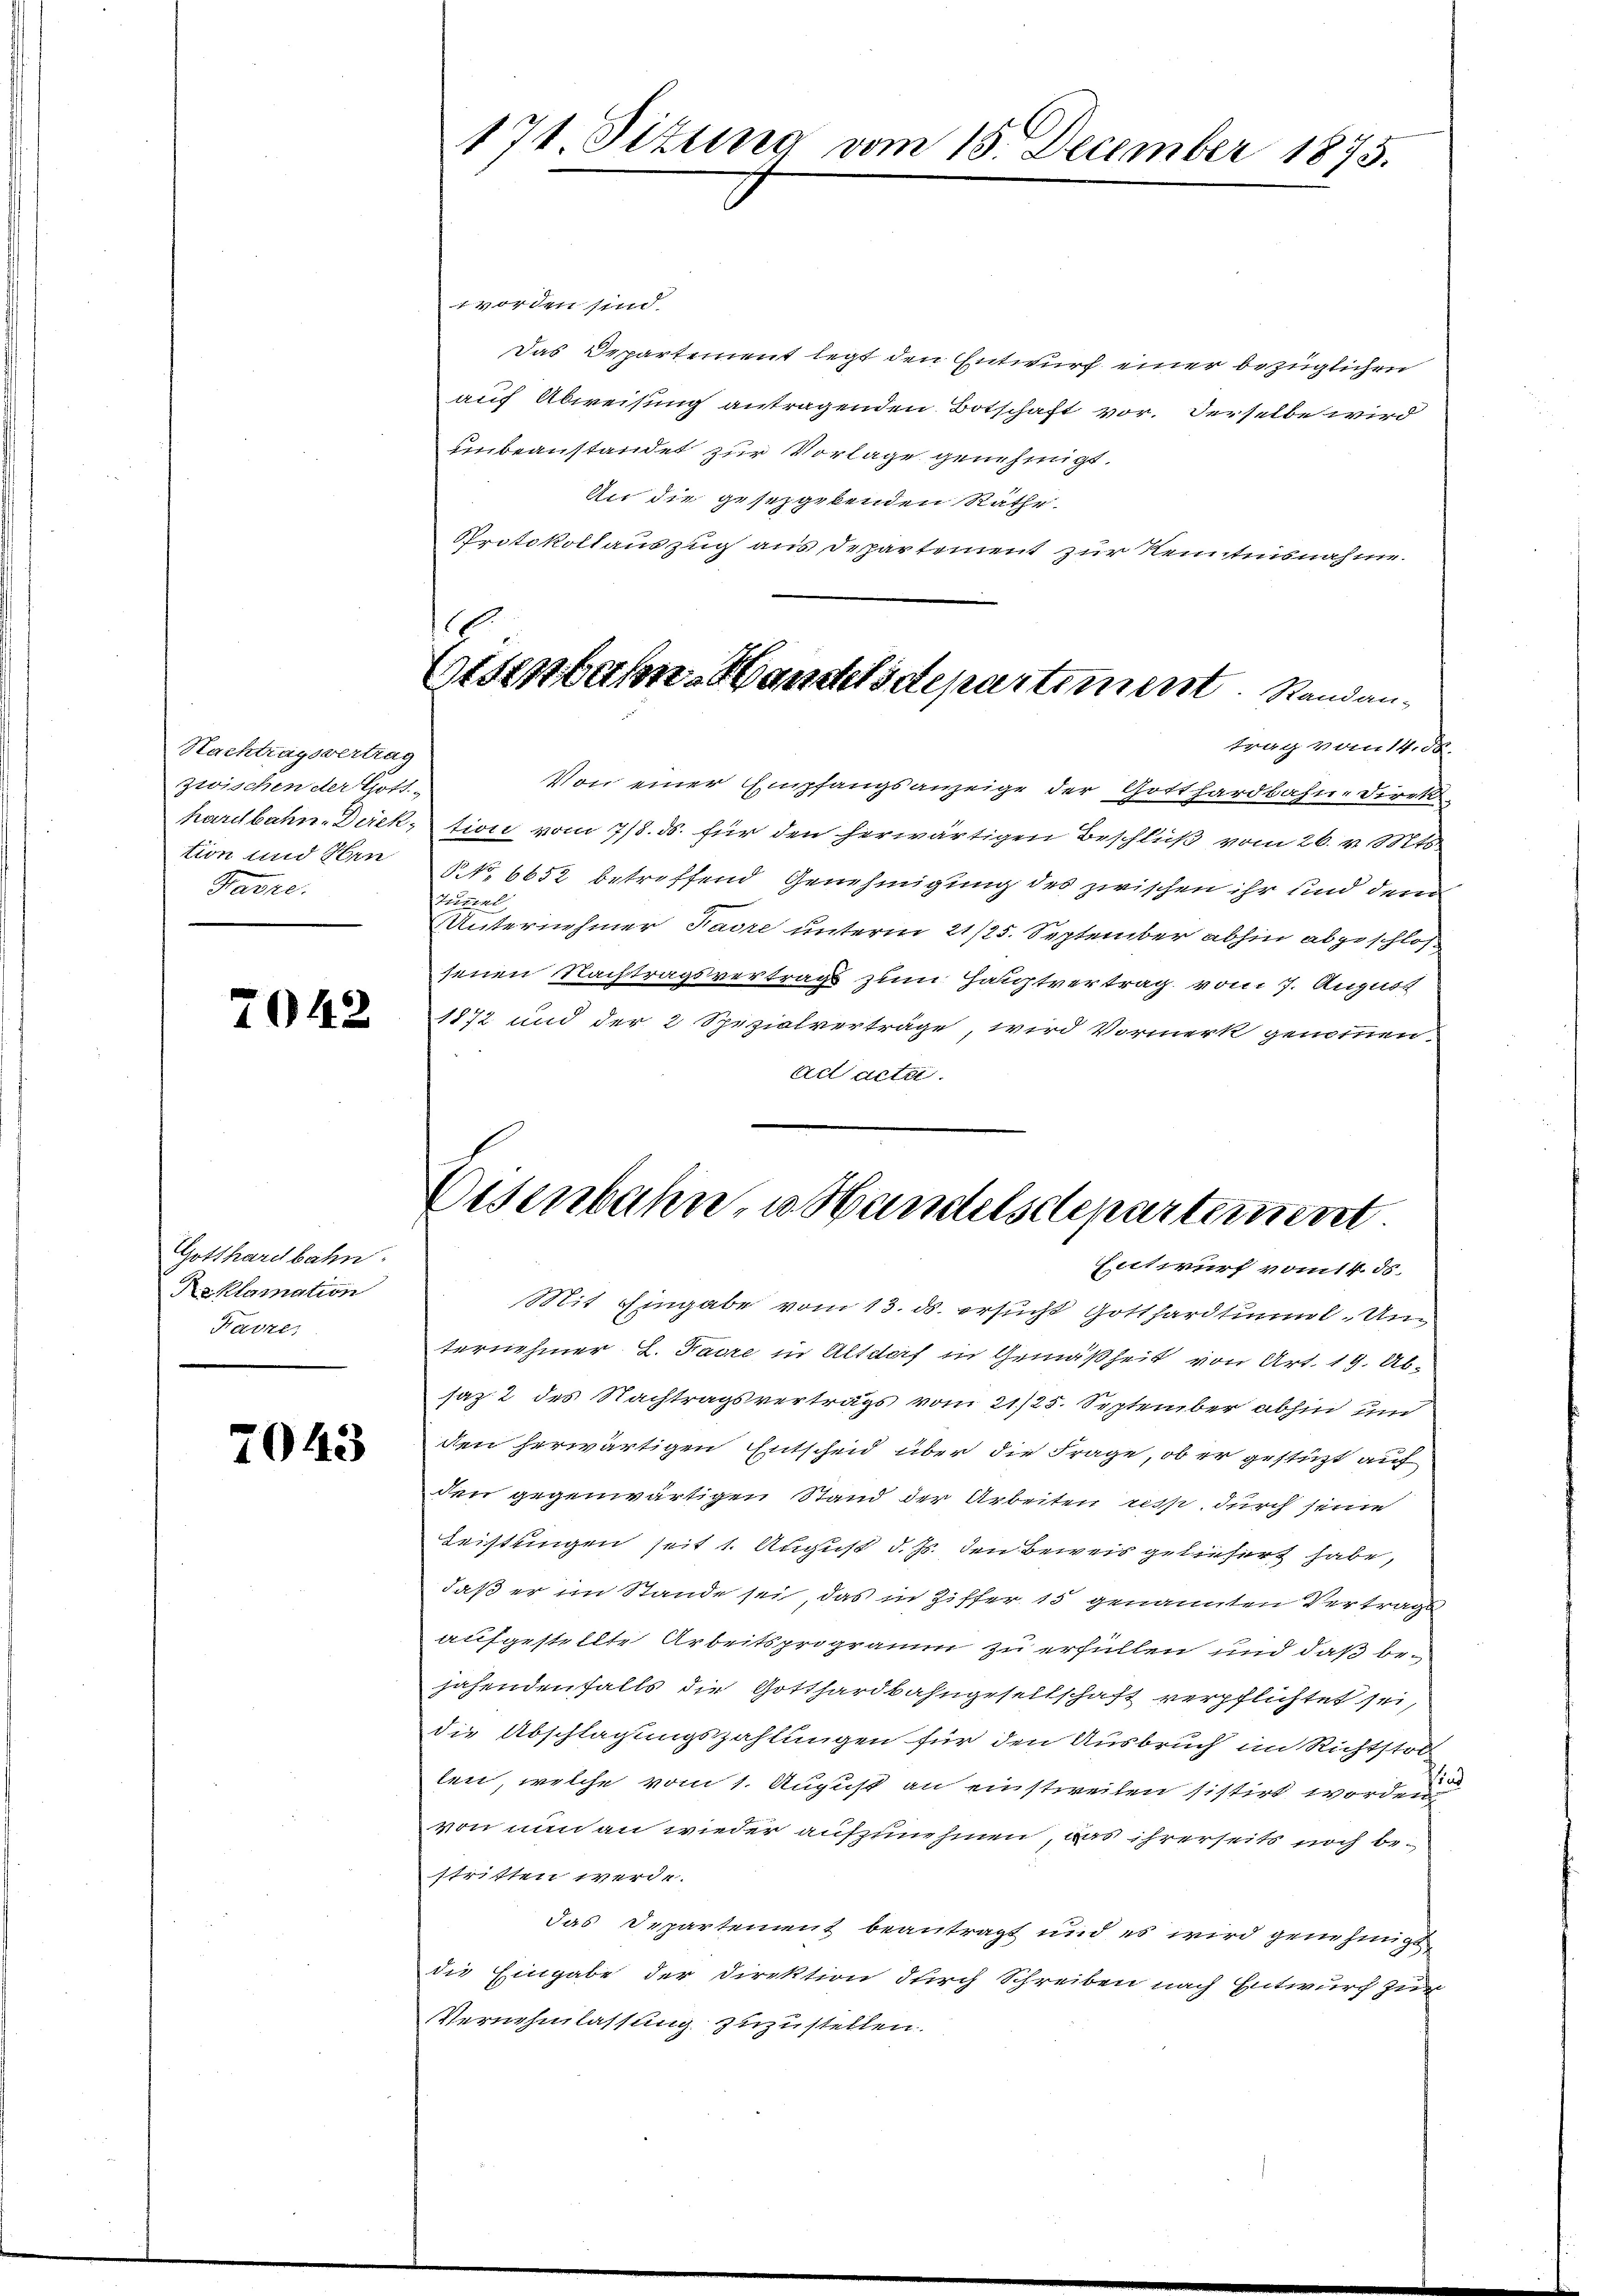
Nachtragsvertrag
zwischen der Gott-
hardbahn-Direk
tion und Hen
Favre.

7042

Gotthardbahn
Reklamation
Farner

2043

171 Situng vom 15. December 1875.

Otsenbahn-Handelsdepartiment. Standan-

1 vor den sind.
Das Departement legt den Entwurf einer bezüglichen
auf Abweisung antragenden Botschaft vor. Derselbe wird
unbeanstandet zur Vorlage genehmigt.
An die gesetzgebenden Räthe.
Protokollauszug aus Departement zur Kenntnisnahme.
trag vom 14. d.
Von einer Empfangsanzeige der Gotthardbahn-Direktion vom 7/8. ds. für den herwärtigen Beschluß vom 26. v. Mt
NNo. 6652 betroffend Genehmigung des zwischen ihr und dem
Tuunent
Unternehmer Favre unterm 21/25. September abhin abgeschlos
senen Nachtragsvertrags zum Hauptvertrag vom 7. August
1872 und der 2 Spezialverträge, wird Vormerk genommen.
ad acta

Eisenbahn zu Handelsdepartement
Entwurf vom 14. ds.

Mit Eingabe vom 13. ds. ersucht Gotthardtunnl. Unternehmer 2. Jahre in Altdorf in Gemäßheit von Art. 19. Absaz 2 des Nachtragsvertrags vom 21./25. September abhin und
den herwärtigen Entscheid über die Frage, ob er gestüzt auf
den gegenwärtigen Stand der Arbeiten resp. durch seine
Leistungen seit 1. August d. Js. den Beweis geliefert habe,
daß er im Stande sei, das in Ziffer 15 genannten Vertrags
aufgestellte Arbeitsprogramm zu erfüllen und daß bejahendenfalls die Gotthardbahngesellschaft verpflichtet sei,
die Abschlagungszahlungen für den Ausbruch im Richtstol
len, welche vom 1. August an einstweilen sistirt worden
von nun an wieder aufzunehmen, das ihrerseits noch bestritten werde.
das Departement beantragt und es wird genehmigt
die Eingabe der Direktion durch Schreiben nach Entwurf zur
Vernehmlassung zuzustellen.